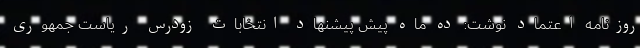
روزنامه اعتماد نوشت: ده ماه پیش پیشنهاد انتخابات زودرس ریاست جمهوری